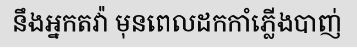
នឹងអ្នកតវ៉ា មុនពេលដកកាំភ្លើងបាញ់